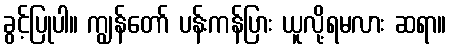
ခွင့်ပြုပါ။ ကျွန်တော် ပန်းကန်ပြား ယူလို့ရမလား ဆရာ။